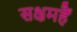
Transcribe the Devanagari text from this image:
सक्षमहैं